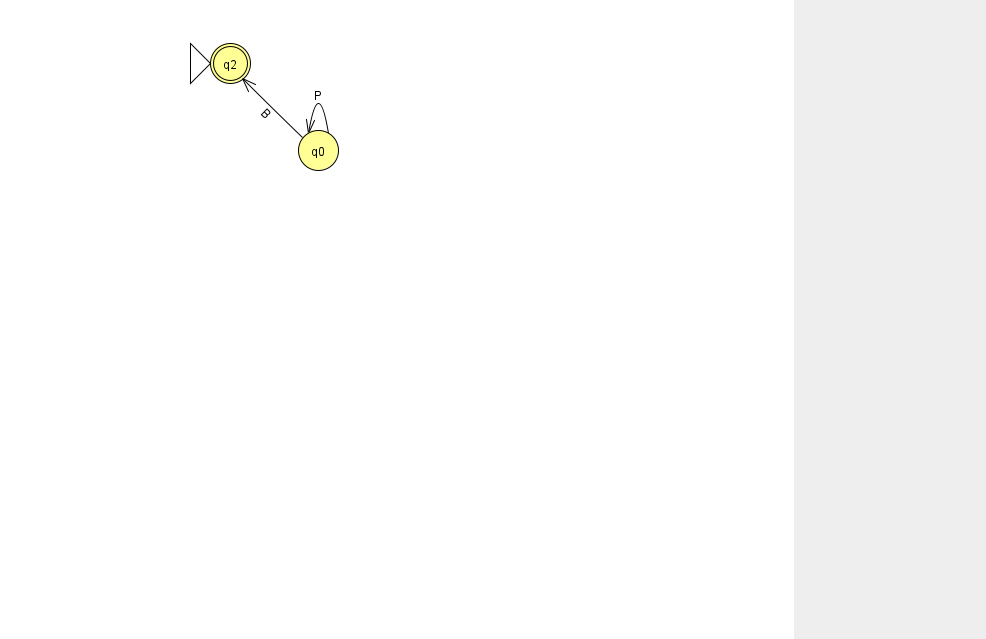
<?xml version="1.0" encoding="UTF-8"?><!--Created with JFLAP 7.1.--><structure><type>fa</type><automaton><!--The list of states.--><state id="0" name="q0"><x>318.0</x><y>137.0</y></state><state id="2" name="q2"><x>230.0</x><y>50.0</y><initial/><final/></state><!--The list of transitions.--><transition><from>0</from><to>0</to><read>P</read></transition><transition><from>0</from><to>2</to><read>B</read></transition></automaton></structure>